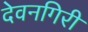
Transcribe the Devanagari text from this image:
देवनगिरी